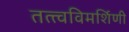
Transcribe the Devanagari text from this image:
तत्त्वविमर्शिणी